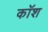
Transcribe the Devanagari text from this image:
कॉश